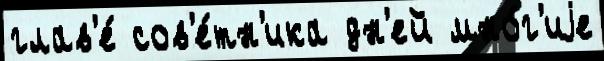
глав'е́ сов'е́тн'ика дн'ей мно́г'иjе